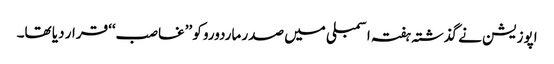
اپوزیشن نے گذشتہ ہفتہ اسمبلی میں صدر ماردورو کو ’’غاصب‘‘ قرار دیا تھا۔